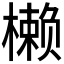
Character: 𰘳